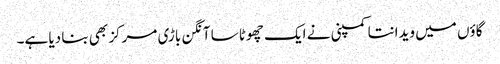
گاؤں میں ویدانتا کمپنی نے ایک چھوٹا سا آنگن باڑی مرکز بھی بنا دیا ہے۔